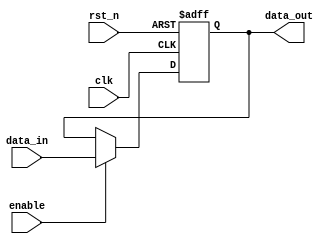
module parameterized_register #(
    parameter WIDTH = 8  // Parameterized width of the register
)(
    input wire clk,       // Clock signal
    input wire rst_n,     // Asynchronous active-low reset signal
    input wire enable,    // Enable signal
    input wire [WIDTH-1:0] data_in, // Data input
    output reg [WIDTH-1:0] data_out  // Data output
);

// Synchronous operation with reset
always @(posedge clk or negedge rst_n) begin
    if (!rst_n) begin
        data_out <= {WIDTH{1'b0}}; // Reset the register to zero
    end else if (enable) begin
        data_out <= data_in; // Update the register with new data
    end
end

endmodule